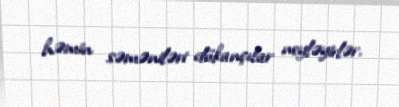
həmin səməniləri dükançılar neyləyirlər.